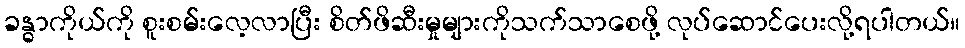
ခန္ဓာကိုယ်ကို စူးစမ်းလေ့လာပြီး စိတ်ဖိဆီးမှုများကိုသက်သာစေဖို့ လုပ်ဆောင်ပေးလို့ရပါတယ်။